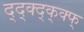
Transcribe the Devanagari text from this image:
द्द्क्द्क्क्फ्